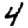
Digit: 4